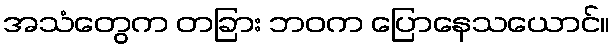
အသံတွေက တခြား ဘဝက ပြောနေသယောင်။